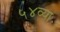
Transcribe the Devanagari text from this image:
५४व्या